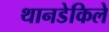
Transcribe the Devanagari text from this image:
थानडेकिले